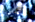
ذقن